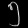
Digit: ၅